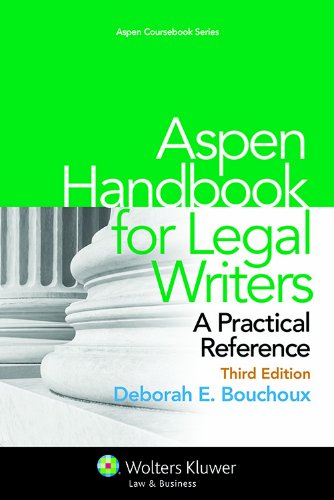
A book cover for Aspen Handbook for Legal Writers: A Practical Reference, Third Edition (Aspen Coursebook Series); Deborah E. Bouchoux; Law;